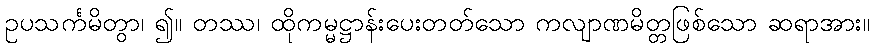
ဥပသင်္ကမိတွာ၊ ၍။ တဿ၊ ထိုကမ္မဋ္ဌာန်းပေးတတ်သော ကလျာဏမိတ္တဖြစ်သော ဆရာအား။